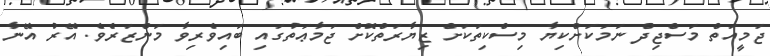
ޖަމީއަތް މަސްޖިދް ނަމަކަށްކިޔާ މިސްކިތަކަށް ޒިޔާރަތްކޮށް ޖަމާޢަތުގައި ބައިވެރިވާ މަންޒަރެވެ. އޭރު އޭނާ